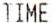
TIME